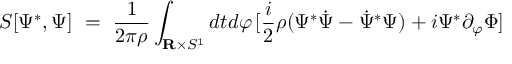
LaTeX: S [ \Psi ^ { * } , \Psi ] \ = \ { \frac { 1 } { 2 \pi \rho } } \int _ { { \bf R } \times S ^ { 1 } } d t d \varphi \, [ { \frac { i } { 2 } } \rho ( \Psi ^ { * } { \dot { \Psi } } - { \dot { \Psi } } ^ { * } \Psi ) + i \Psi ^ { * } \partial _ { \varphi } \Phi ]